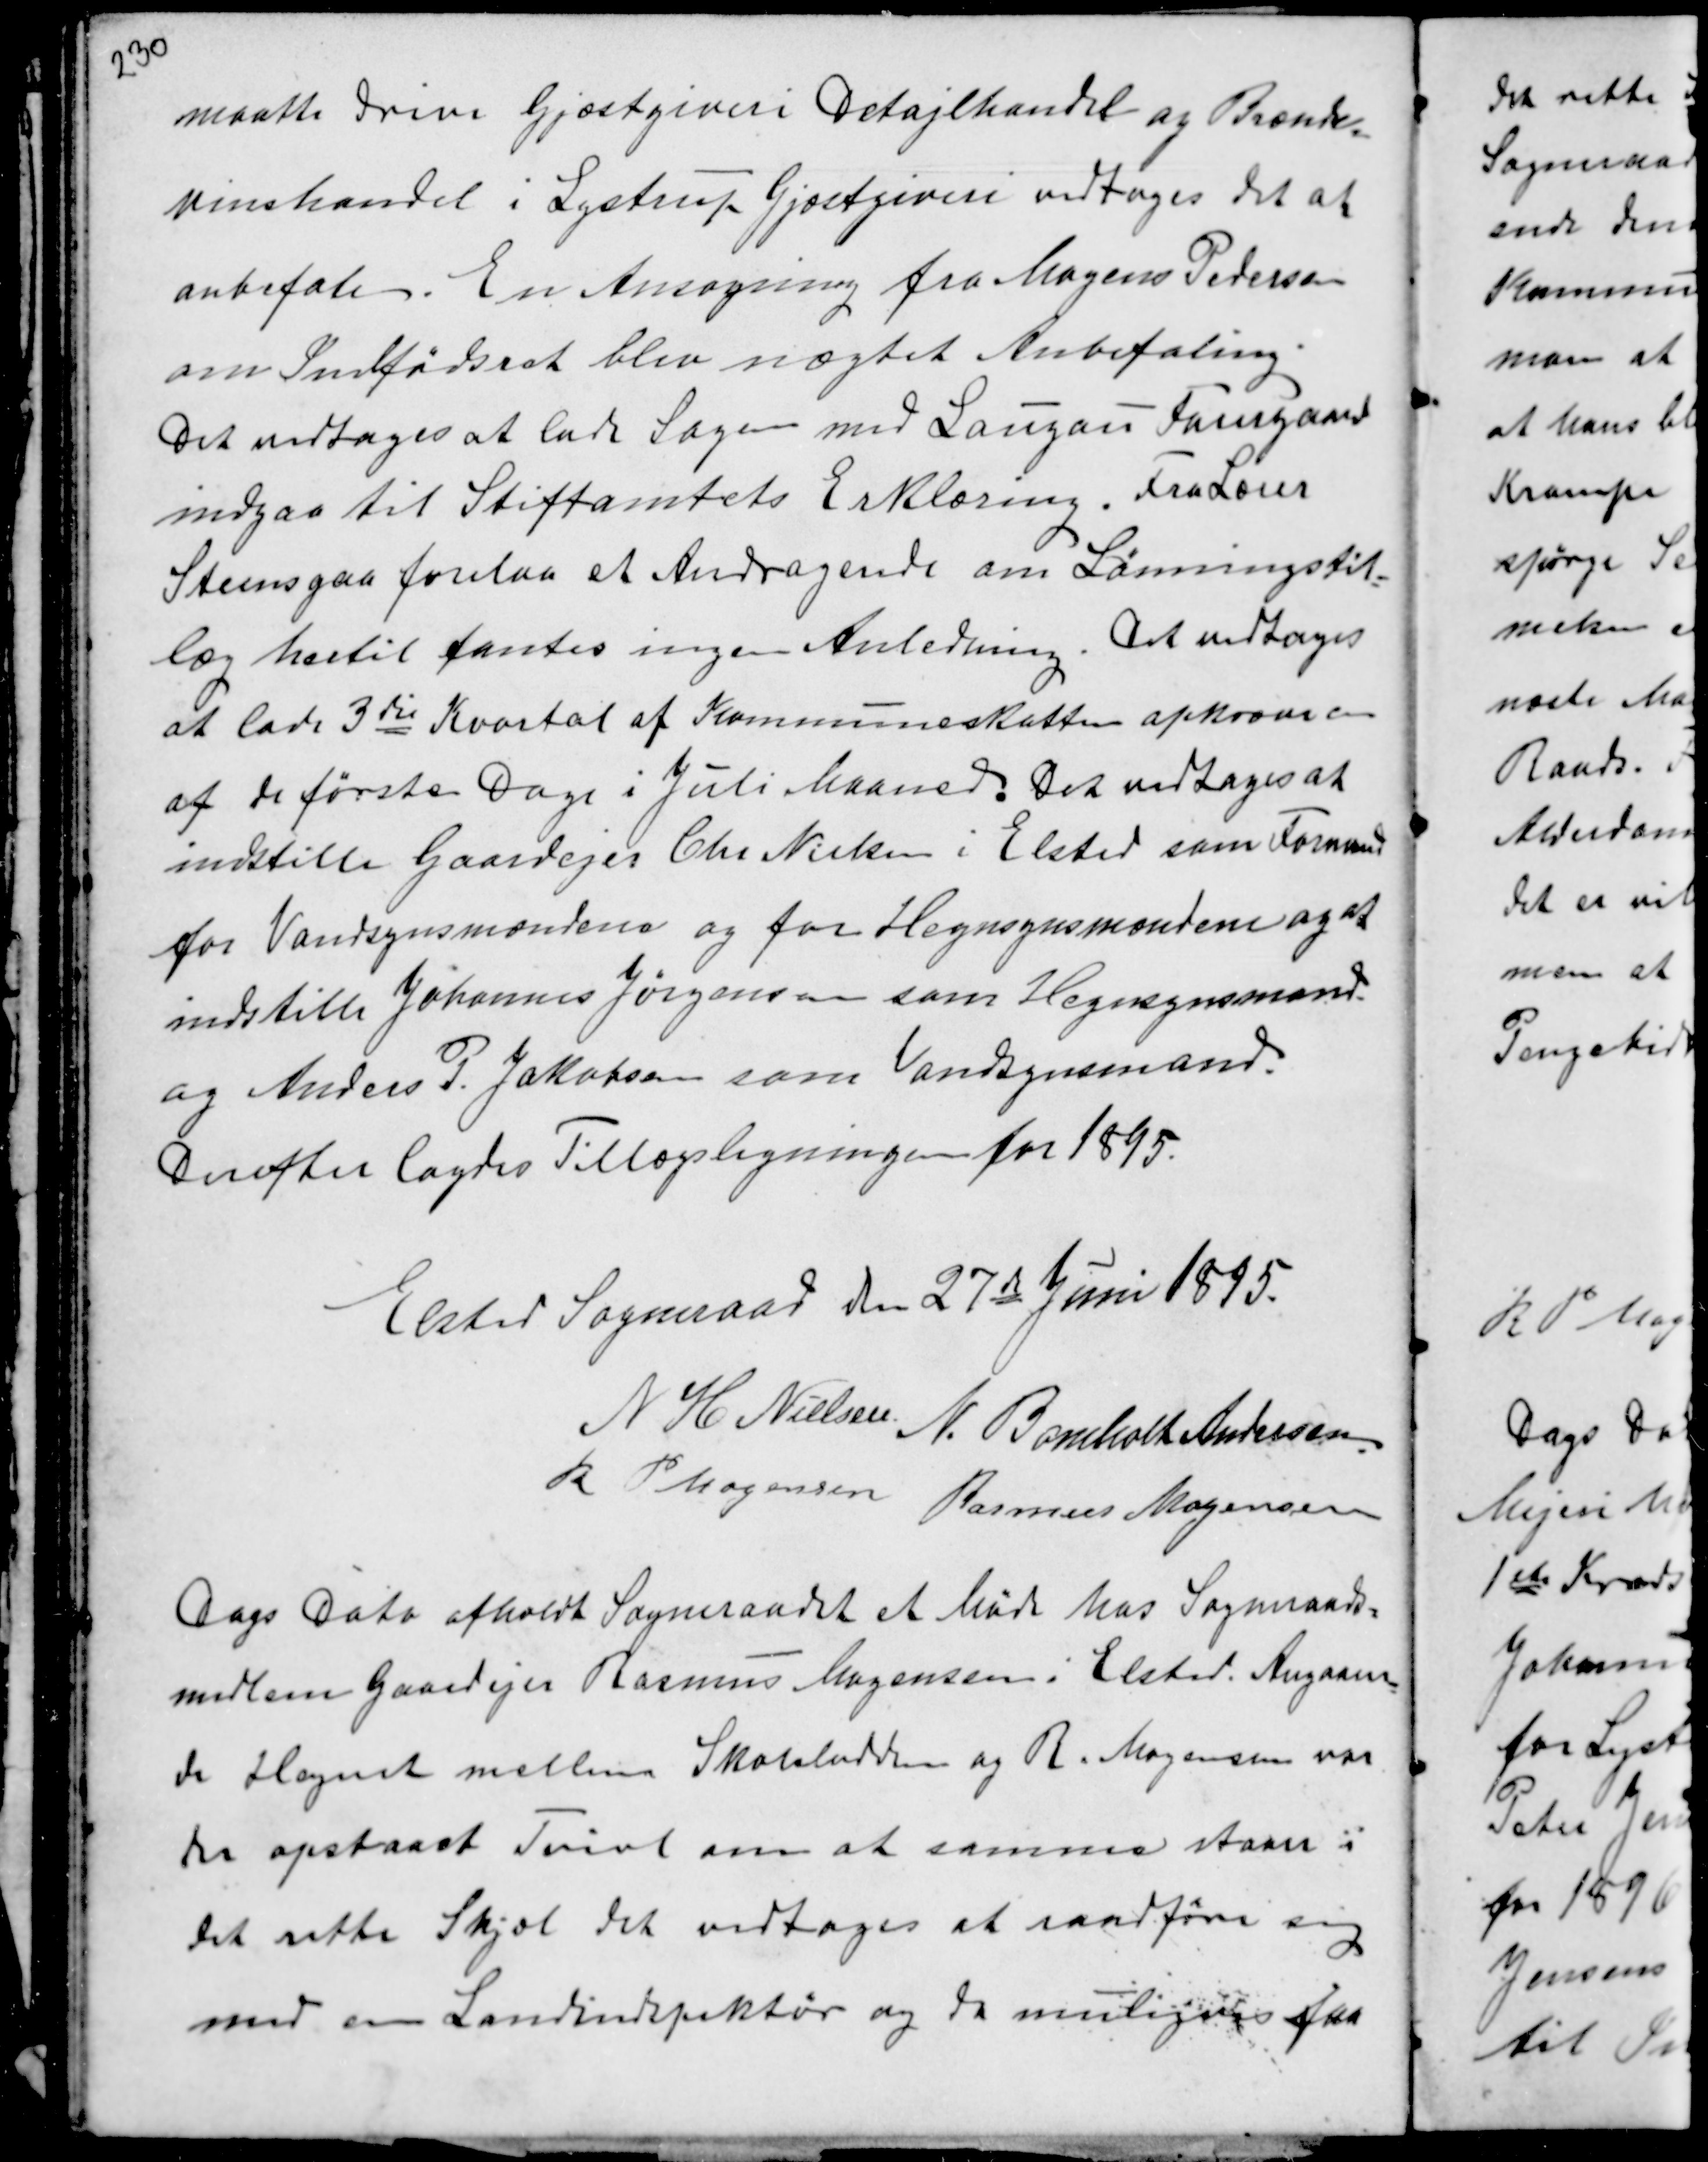
Transskription:
maatte drive Gjæstgiveri Detajlhandel og Brænde-
vinshandel i Lystrup Gjæstgiveri vedtoges det at
anbefale. En Ansøgning fra Mogens Pedersen
om Indfødsret blev nægtet Anbefaling.
Det vedtoges at lade Sagen mod Langau Faurgaard
indgaa til Stiftamtets Erklæring. Fra Lærer
Steensgaa forelaa et Andragende om Lønningstil-
læg hertil fantes ingen Anledning. Det vedtoges
at lade 3die Kvartal af Kommuneskatten opkræve en
af de første Dage i Juli Maaned. Det vedtoges at
indstille Gaardejer Chr Nielsen i Elsted som Formand
for Vandsynsmændene og for Hegnsynsmændene og at
indstille Johannes Jørgensen som Hegnsynsmand
og Anders P. Jakobsen som Vandsynsmand.
Derefter lagdes Tillægsligningen for 1895.

Elsted Sogneraad den 27de Juni 1895.
N H Nielsen
N. Bomholt Andersen
R P Mogensen Rasmus Mogensen

Dags Dato afholdt Sogneraadet et Møde hos Sogneraads-
medlem Gaardejer Rasmus Mogensen i Elsted. Angaaen-
de Hegnet mellem Skolelodden og R. Mogensen var
der opstaaet Tvist om at samme Staaer i
det rette Skjæl det vedtoges at raadføre sig
med en Landindspektør og da muligvis faa